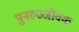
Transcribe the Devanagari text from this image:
पुनरुज्जीवक